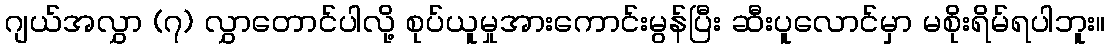
ဂျယ်အလွှာ (၇) လွှာတောင်ပါလို့ စုပ်ယူမှုအားကောင်းမွန်ပြီး ဆီးပူလောင်မှာ မစိုးရိမ်ရပါဘူး။